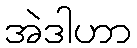
အဲဒါဟာ